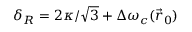
\delta _ { R } = 2 \kappa / \sqrt 3 + \Delta \omega _ { c } ( \vec { r } _ { 0 } )